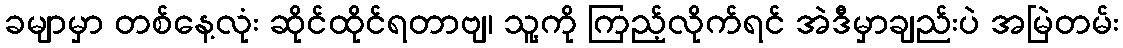
ခမျာမှာ တစ်နေ့လုံး ဆိုင်ထိုင်ရတာဗျ၊ သူ့ကို ကြည့်လိုက်ရင် အဲဒီမှာချည်းပဲ အမြဲတမ်း